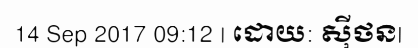
14 Sep 2017 09:12 | ដោយ: ស៊ីថន|